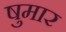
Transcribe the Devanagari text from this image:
षुमार